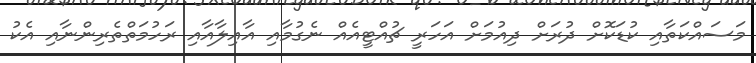
މަސައްކަތާއި ކުޑަކޮށް ދުރަށް ދިއުމަށް އަހަރީ ޗުއްޓީއެއް ނެގުމާއި އާއިލާއާއި ރަހުމަތްތެރިންނާއި އެކު